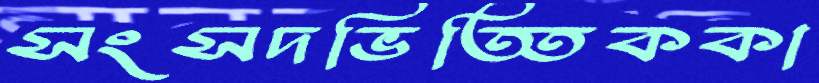
সংসদভিত্তিককা